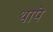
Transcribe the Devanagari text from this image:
थापे